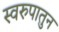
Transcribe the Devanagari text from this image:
स्वरुपातुन